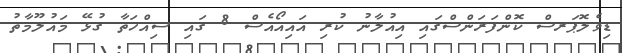
ޑިވެލޮޕަރސް ކޮންފަރަންސްގައި އިއުލާނު ކުރި އައިއޯއެސް 8 ގައި ސިއްހަތާ ގުޅޭ މައުލޫމާތު